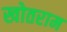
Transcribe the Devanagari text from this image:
खोतराम